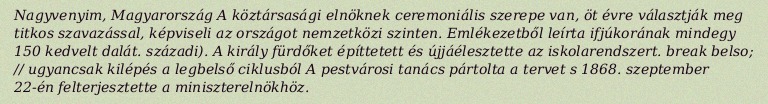
Nagyvenyim, Magyarország A köztársasági elnöknek ceremoniális szerepe van, öt évre választják meg titkos szavazással, képviseli az országot nemzetközi szinten. Emlékezetből leírta ifjúkorának mindegy 150 kedvelt dalát. századi). A király fürdőket építtetett és újjáélesztette az iskolarendszert. break belso; // ugyancsak kilépés a legbelső ciklusból A pestvárosi tanács pártolta a tervet s 1868. szeptember 22-én felterjesztette a miniszterelnökhöz.